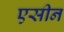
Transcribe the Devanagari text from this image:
एसीन